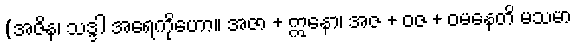
(အဇိန၊ သဒ္ဒါ အရေကိုဟော။ အဇာ + ဣနော၊ အဇ + ဝဇ + ဝမနေတိ မသမာ